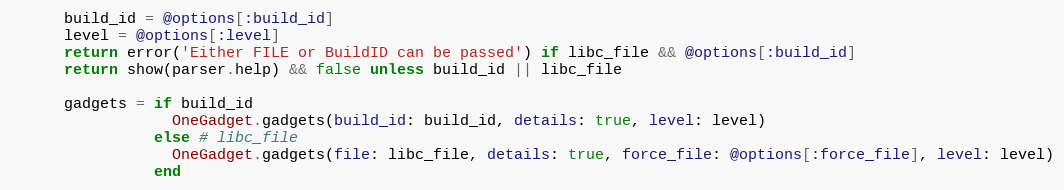
Language: Ruby
      build_id = @options[:build_id]
      level = @options[:level]
      return error('Either FILE or BuildID can be passed') if libc_file && @options[:build_id]
      return show(parser.help) && false unless build_id || libc_file

      gadgets = if build_id
                  OneGadget.gadgets(build_id: build_id, details: true, level: level)
                else # libc_file
                  OneGadget.gadgets(file: libc_file, details: true, force_file: @options[:force_file], level: level)
                end